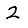
Digit: 2